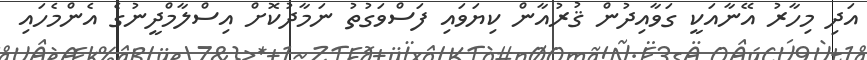
އަދި މިހާރު އޭނާއަކީ ގަވާއިދުން ޤުރުއާން ކިޔަވައި ފަސްވަގުތު ނަމާދުކޮށް އިސްލާމްދީނުގެ އެންމެހައި